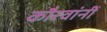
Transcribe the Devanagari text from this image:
कौरवांनीं